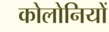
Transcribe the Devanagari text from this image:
कोलोनियों